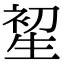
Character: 𤯦